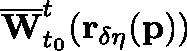
\overline { { \mathbf { W } } } _ { t _ { 0 } } ^ { t } ( \mathbf { r _ { \delta \eta } } ( \mathbf { p } ) )